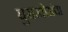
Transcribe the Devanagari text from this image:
घुसखोरांचा